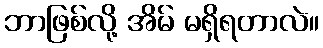
ဘာဖြစ်လို့ အိမ် မရှိရတာလဲ။